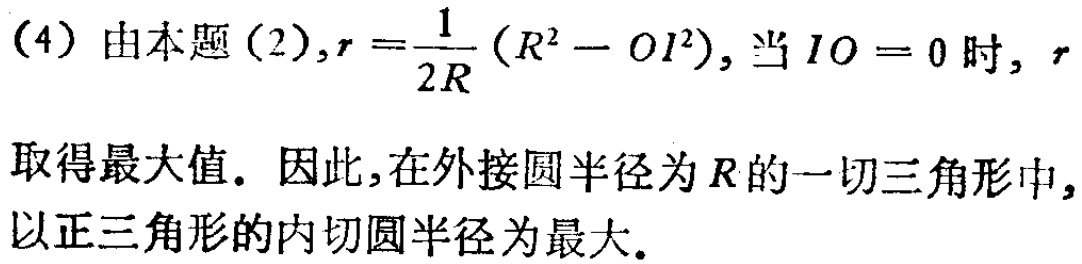
(4) 由本题 (2), $r = \frac{1}{2R}(R^{2} - OI^{2})$, 当 $IO = 0$ 时, $r$ 取得最大值. 因此, 在外接圆半径为 $R$ 的一切三角形中, 以正三角形的内切圆半径为最大.